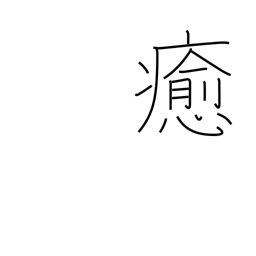
Meaning: wreak